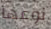
نوعها